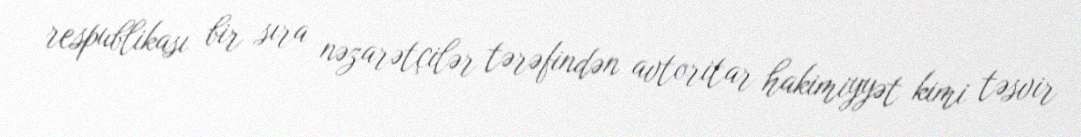
respublikası bir sıra nəzarətçilər tərəfindən avtoritar hakimiyyət kimi təsvir